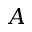
A